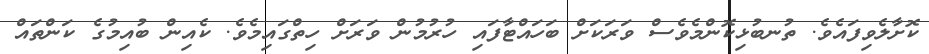
ކޮށާލެވިފައެވެ. ތުނބުޅިކޮންމެވެސް ވަރަކަށް ބަހައްޓާފައި ހުރުމުން ވަރަށް ހިތްގައިމެވެ. ކެއިން ބުއިމުގެ ކަންތައް